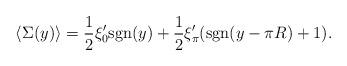
LaTeX: \begin{align*}\langle \Sigma(y) \rangle = {1 \over 2 }\xi'_0 {\rm sgn}(y) +{1 \over 2} \xi'_\pi ({\rm sgn}(y-\pi R) +1) .\end{align*}